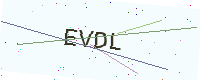
Text: EVDL